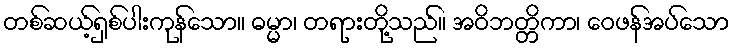
တစ်ဆယ့်ရှစ်ပါးကုန်သော။ ဓမ္မာ၊ တရားတို့သည်။ အဝိဘတ္တိကာ၊ ဝေဖန်အပ်သော